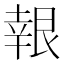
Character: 𮎙